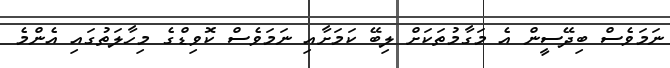
ނަމަވެސް ބިދޭސީން އެ މަގާމުތަަކަށް ލިބޭ ކަމަށާއި ނަމަވެސް ކޮވިޑްގެ މިހާލަތުގައި އެންމެ